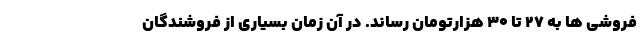
فروشی ها به ۲۷ تا ۳۰ هزارتومان رساند. در آن زمان بسیاری از فروشندگان